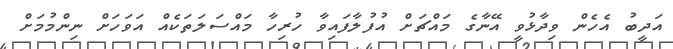
އަދީބު އެހެން ވިދާޅުވީ އޭނާގެ މައްޗަށް އުފުލާފައިވާ ހުރިހާ މައްސަލަތަކެއް އަވަހަށް ނިންމުމަށް